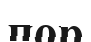
пор